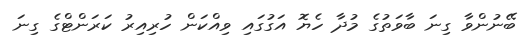
ބޭނުންވާ ގިނަ ބާވަތުގެ މުދާ ހެޔޮ އަގުގައި ވިއްކަން ހުރިއިރު ކަރަންޓްގެ ގިނަ